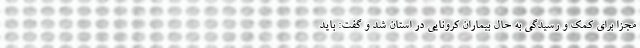
مجزا برای کمک و رسیدگی به حال بیماران کرونایی در استان شد و گفت: باید